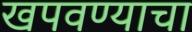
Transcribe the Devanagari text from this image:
खपवण्याचा